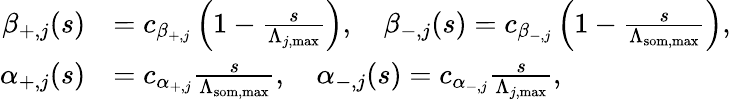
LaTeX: \begin{array}{rl}{\beta_{+,j}(s)}&{=c_{\beta_{+,j}}\left(1-\frac{s}{\Lambda_{j,\mathrm{max}}}\right),\quad\beta_{-,j}(s)=c_{\beta_{-,j}}\left(1-\frac{s}{\Lambda_{\mathrm{som},\mathrm{max}}}\right),}\\ {\alpha_{+,j}(s)}&{=c_{\alpha_{+,j}}\frac{s}{\Lambda_{\mathrm{som},\mathrm{max}}},\quad\alpha_{-,j}(s)=c_{\alpha_{-,j}}\frac{s}{\Lambda_{j,\mathrm{max}}},}\end{array}